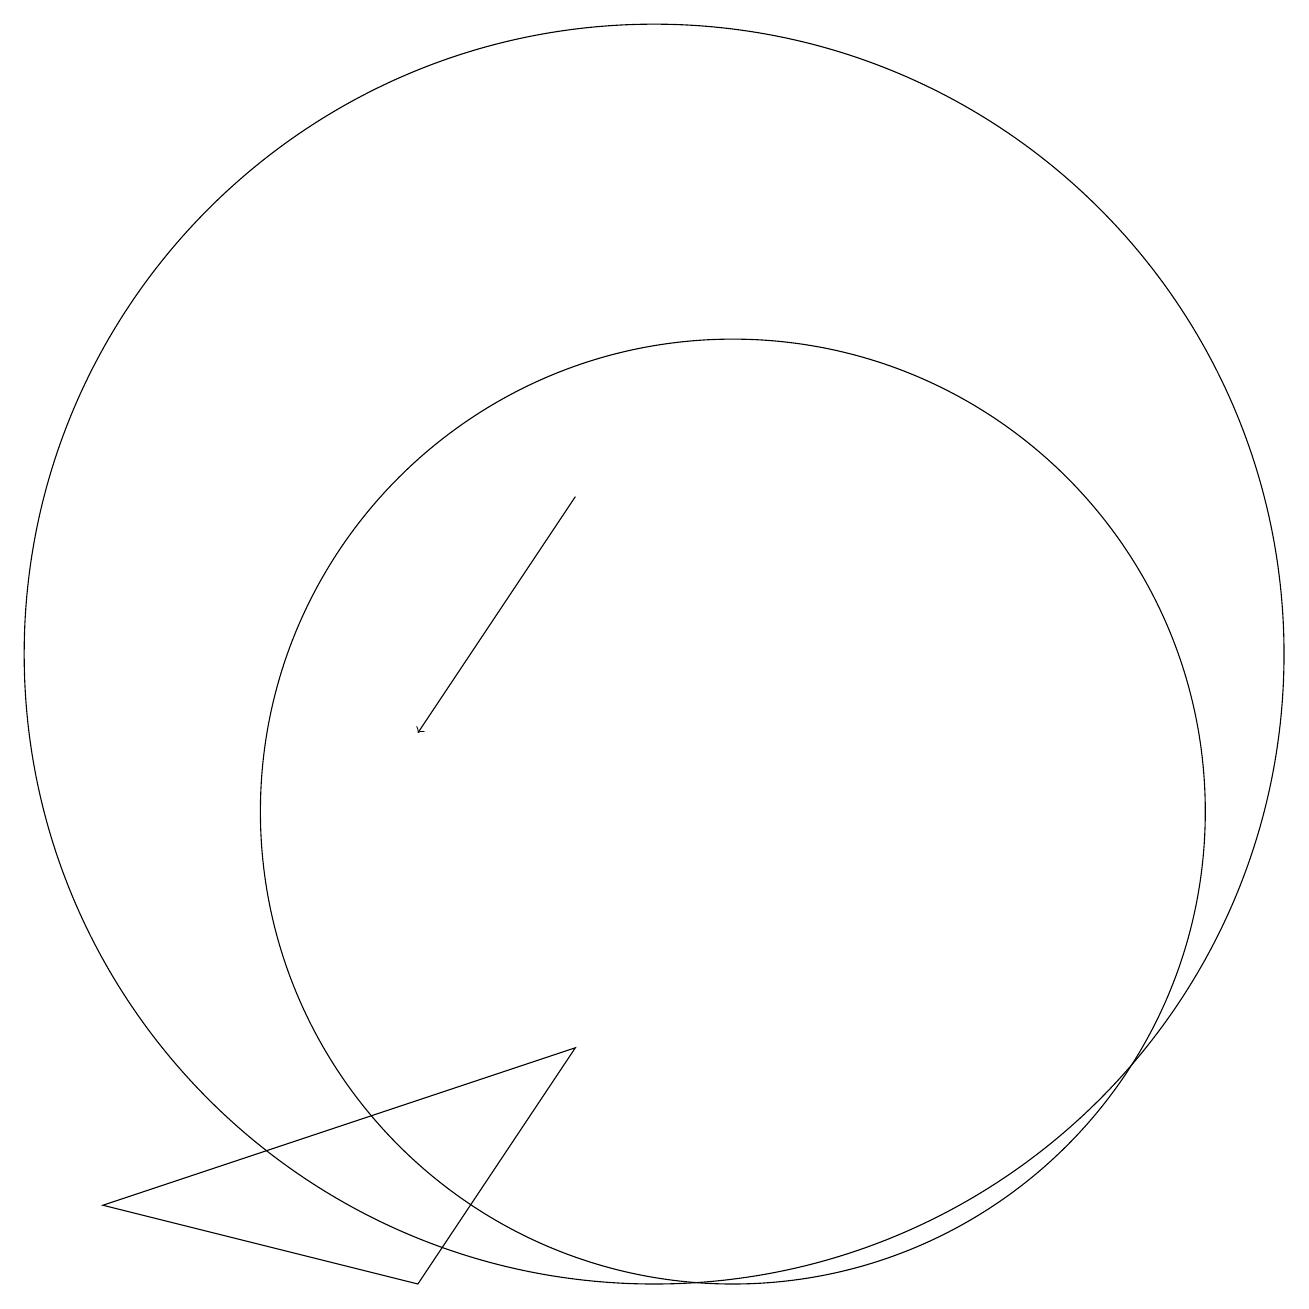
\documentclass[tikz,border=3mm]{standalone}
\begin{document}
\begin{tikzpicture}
\draw (11,10) circle (6);
\draw (10,12) circle (8);
\draw (7,4) -- (9,7) -- (3,5) -- cycle;
\draw[->] (9,14) -- (7,11);
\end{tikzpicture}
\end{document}